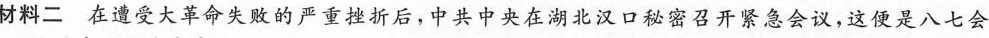
材料二在遭受大革命失败的严重挫折后，中共中央在湖北汉口秘密召开紧急会